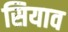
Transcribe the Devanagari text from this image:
सियाव